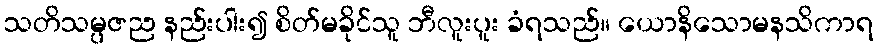
သတိသမ္ပဇည နည်းပါး၍ စိတ်မခိုင်သူ ဘီလူးပူး ခံရသည်။ ယောနိသောမနသိကာရ